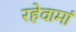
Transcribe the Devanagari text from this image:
रहेवामां